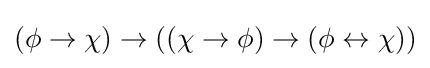
(\phi \to \chi )\to ((\chi \to \phi )\to (\phi \leftrightarrow \chi ))